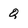
Character: Q